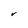
Character: V